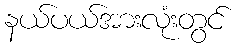
နယ်ပယ်အားလုံးတွင်